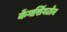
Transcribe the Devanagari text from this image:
केंगसिंगटोन